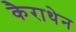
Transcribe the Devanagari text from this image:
कैराथेन